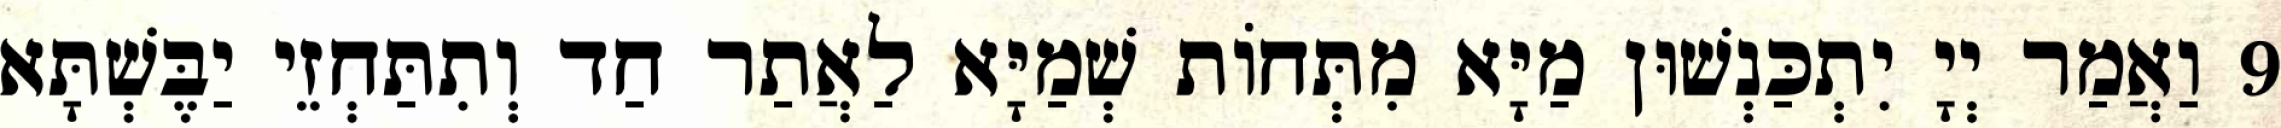
9 וַאֲמַר יְיָ יִתְכַּנְשׁוּן מַיָּא מִתְּחוֹת שְׁמַיָּא לַאֲתַר חַד וְתִתַּחְזֵי יַבֶּשְׁתָּא